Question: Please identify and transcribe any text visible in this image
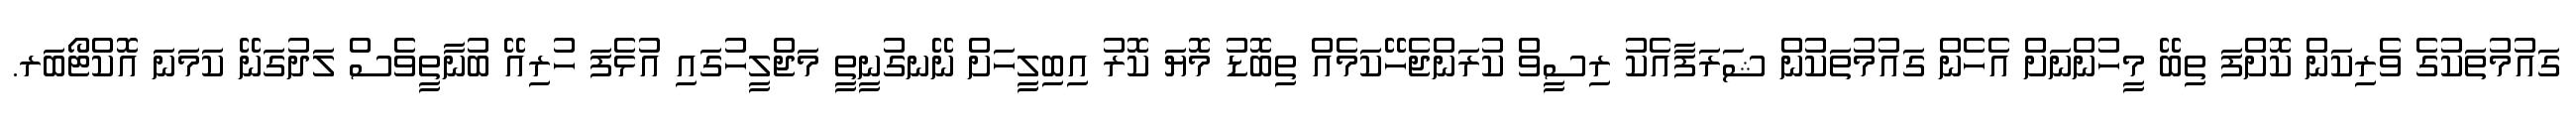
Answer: ގައުމުތަކުގެ ވެރިކަން ކޮށްފަ ތިބޭ މީހުންނަށް އެހެން ގައުމުތަކުން ޝަރަފާއެކު ރިސީވް ކުރަންޖެހޭކަމެއް ތިބޮޑު މޮޔަ ކޮރު އިބިލީހަށް ނޭނގުނީތީ މަޖްލީހުގައި އުޅެފަ ހުރިއޭ ބުނާތީވެސް ލަދުގަނޭ ކަމަނަ އޮކްޓޯބަރ.